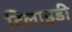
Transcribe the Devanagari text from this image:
टिलाइडी